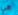
هي